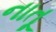
નાતૂ